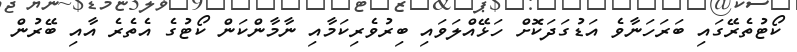
ކޯޓުތެރޭގައި ބަރަހަނާވެ އަޑުގަދަކޮށް ހަޅޭއްލަވައި ބިރުވެރިކަމާއި ނާމާންކަން ކޯޓުގެ އެތެރެ އާއި ބޭރުން